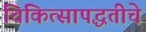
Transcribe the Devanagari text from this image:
चिकित्सापद्धतीचे